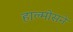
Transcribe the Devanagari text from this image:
हाल्मोसने